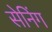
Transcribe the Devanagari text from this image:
सेनिंग